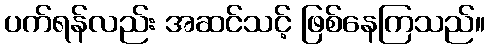
ပက်ရန်လည်း အဆင်သင့် ဖြစ်နေကြသည်။